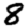
Digit: 8